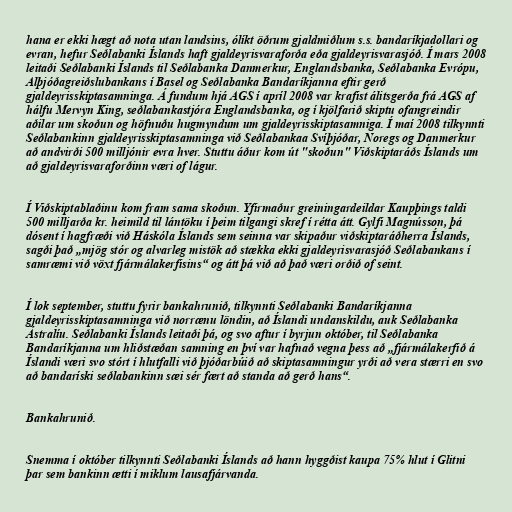
hana er ekki hægt að nota utan landsins, ólíkt öðrum gjaldmiðlum s.s. bandaríkjadollari og
evran, hefur Seðlabanki Íslands haft gjaldeyrisvaraforða eða gjaldeyrisvarasjóð. Í mars 2008
leitaði Seðlabanki Íslands til Seðlabanka Danmerkur, Englandsbanka, Seðlabanka Evrópu,
Alþjóðagreiðslubankans í Basel og Seðlabanka Bandaríkjanna eftir gerð
gjaldeyrisskiptasamninga. Á fundum hjá AGS í apríl 2008 var krafist álitsgerða frá AGS af
hálfu Mervyn King, seðlabankastjóra Englandsbanka, og í kjölfarið skiptu ofangreindir
aðilar um skoðun og höfnuðu hugmyndum um gjaldeyrisskiptasamniga. Í maí 2008 tilkynnti
Seðlabankinn gjaldeyrisskiptasamninga við Seðlabankaa Svíþjóðar, Noregs og Danmerkur
að andvirði 500 milljónir evra hver. Stuttu áður kom út "skoðun" Viðskiptaráðs Íslands um
að gjaldeyrisvaraforðinn væri of lágur.

Í Viðskiptablaðinu kom fram sama skoðun. Yfirmaður greiningardeildar Kaupþings taldi
500 milljarða kr. heimild til lántöku í þeim tilgangi skref í rétta átt. Gylfi Magnússon, þá
dósent í hagfræði við Háskóla Íslands sem seinna var skipaður viðskiptaráðherra Íslands,
sagði það „mjög stór og alvarleg mistök að stækka ekki gjaldeyrisvarasjóð Seðlabankans í
samræmi við vöxt fjármálakerfisins“ og átt þá við að það væri orðið of seint.

Í lok september, stuttu fyrir bankahrunið, tilkynnti Seðlabanki Bandaríkjanna
gjaldeyrisskiptasamninga við norrænu löndin, að Íslandi undanskildu, auk Seðlabanka
Ástralíu. Seðlabanki Íslands leitaði þá, og svo aftur í byrjun október, til Seðlabanka
Bandaríkjanna um hliðstæðan samning en því var hafnað vegna þess að „fjármálakerfið á
Íslandi væri svo stórt í hlutfalli við þjóðarbúið að skiptasamningur yrði að vera stærri en svo
að bandaríski seðlabankinn sæi sér fært að standa að gerð hans“.

Bankahrunið.

Snemma í október tilkynnti Seðlabanki Íslands að hann hyggðist kaupa 75% hlut í Glitni
þar sem bankinn ætti í miklum lausafjárvanda.